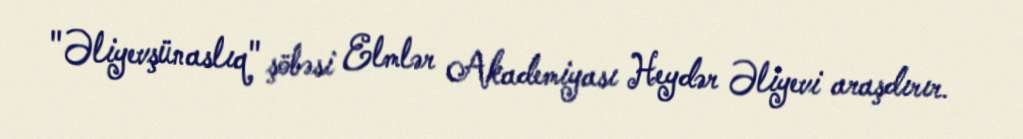
"Əliyevşünaslıq" şöbəsi Elmlər Akademiyası Heydər Əliyevi araşdırır.